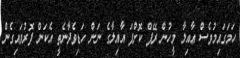
ހަމަގައިމުވެސް ޢާއިލާ މީހުން ރޭޕް ކޮށްފަ އާއިލާގެ ނަން ހަޑިވެދާނެތީ އެކަން ފޮރުވައިގެން